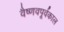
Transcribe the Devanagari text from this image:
वैष्णवपूर्वकाल